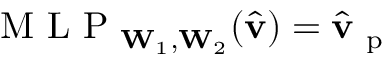
\mathrm { ~ M ~ L ~ P ~ } _ { \mathbf { W } _ { 1 } , \mathbf { W } _ { 2 } } ( \hat { \mathbf { v } } ) = \hat { \mathbf { v } } _ { \mathrm { ~ p ~ } }